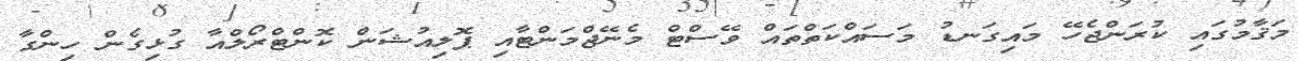
މަޤާމުގައި ކުރަންޖެހޭ މައިގަނޑު މަސައްކަތްތައް ވޭސްޓް މެނޭޖްމަންޓާއި ޕޮލިއުޝަން ކޮންޓްރޯލްއާ ގުޅިގެން ހިންގާ